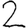
Digit: 2